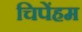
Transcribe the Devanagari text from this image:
चिपेंहम